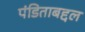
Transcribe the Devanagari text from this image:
पंडिताबद्दल